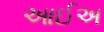
આઈઅ